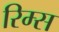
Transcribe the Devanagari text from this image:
रिम्स